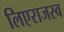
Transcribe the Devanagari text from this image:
लिएराजस्व